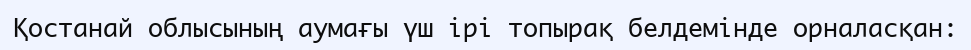
Қостанай облысының аумағы үш ірі топырақ белдемінде орналасқан: